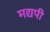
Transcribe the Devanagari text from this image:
मद्यपी